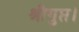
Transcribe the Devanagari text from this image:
श्रीगुप्त।